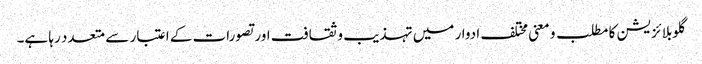
گلوبلائزیشن کا مطلب و معنی مختلف ادوار میں تہذیب و ثقافت اور تصورات کے اعتبار سے متعدد رہا ہے۔